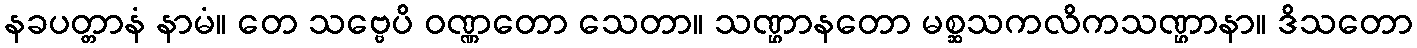
နခပတ္တာနံ နာမံ။ တေ သဗ္ဗေပိ ဝဏ္ဏတော သေတာ။ သဏ္ဌာနတော မစ္ဆသကလိကသဏ္ဌာနာ။ ဒိသတော